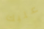
عليك